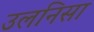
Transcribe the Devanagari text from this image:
उलनिसा